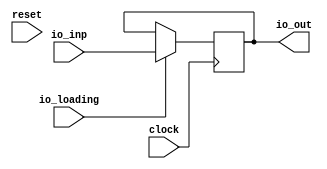
module Flop(
  input         clock,
  input         reset,
  input  [15:0] io_inp,
  input         io_loading,
  output [15:0] io_out
);
  reg [15:0] x; // @[Flop.scala 14:15]
  reg [31:0] _RAND_0;
  assign io_out = x; // @[Flop.scala 20:10]
`ifdef RANDOMIZE_GARBAGE_ASSIGN
`define RANDOMIZE
`endif
`ifdef RANDOMIZE_INVALID_ASSIGN
`define RANDOMIZE
`endif
`ifdef RANDOMIZE_REG_INIT
`define RANDOMIZE
`endif
`ifdef RANDOMIZE_MEM_INIT
`define RANDOMIZE
`endif
`ifndef RANDOM
`define RANDOM $random
`endif
`ifdef RANDOMIZE_MEM_INIT
  integer initvar;
`endif
`ifndef SYNTHESIS
initial begin
  `ifdef RANDOMIZE
    `ifdef INIT_RANDOM
      `INIT_RANDOM
    `endif
    `ifndef VERILATOR
      `ifdef RANDOMIZE_DELAY
        #`RANDOMIZE_DELAY begin end
      `else
        #0.002 begin end
      `endif
    `endif
  `ifdef RANDOMIZE_REG_INIT
  _RAND_0 = {1{`RANDOM}};
  x = _RAND_0[15:0];
  `endif // RANDOMIZE_REG_INIT
  `endif // RANDOMIZE
end // initial
`endif // SYNTHESIS
  always @(posedge clock) begin
    if (io_loading) begin
      x <= io_inp;
    end
  end
endmodule